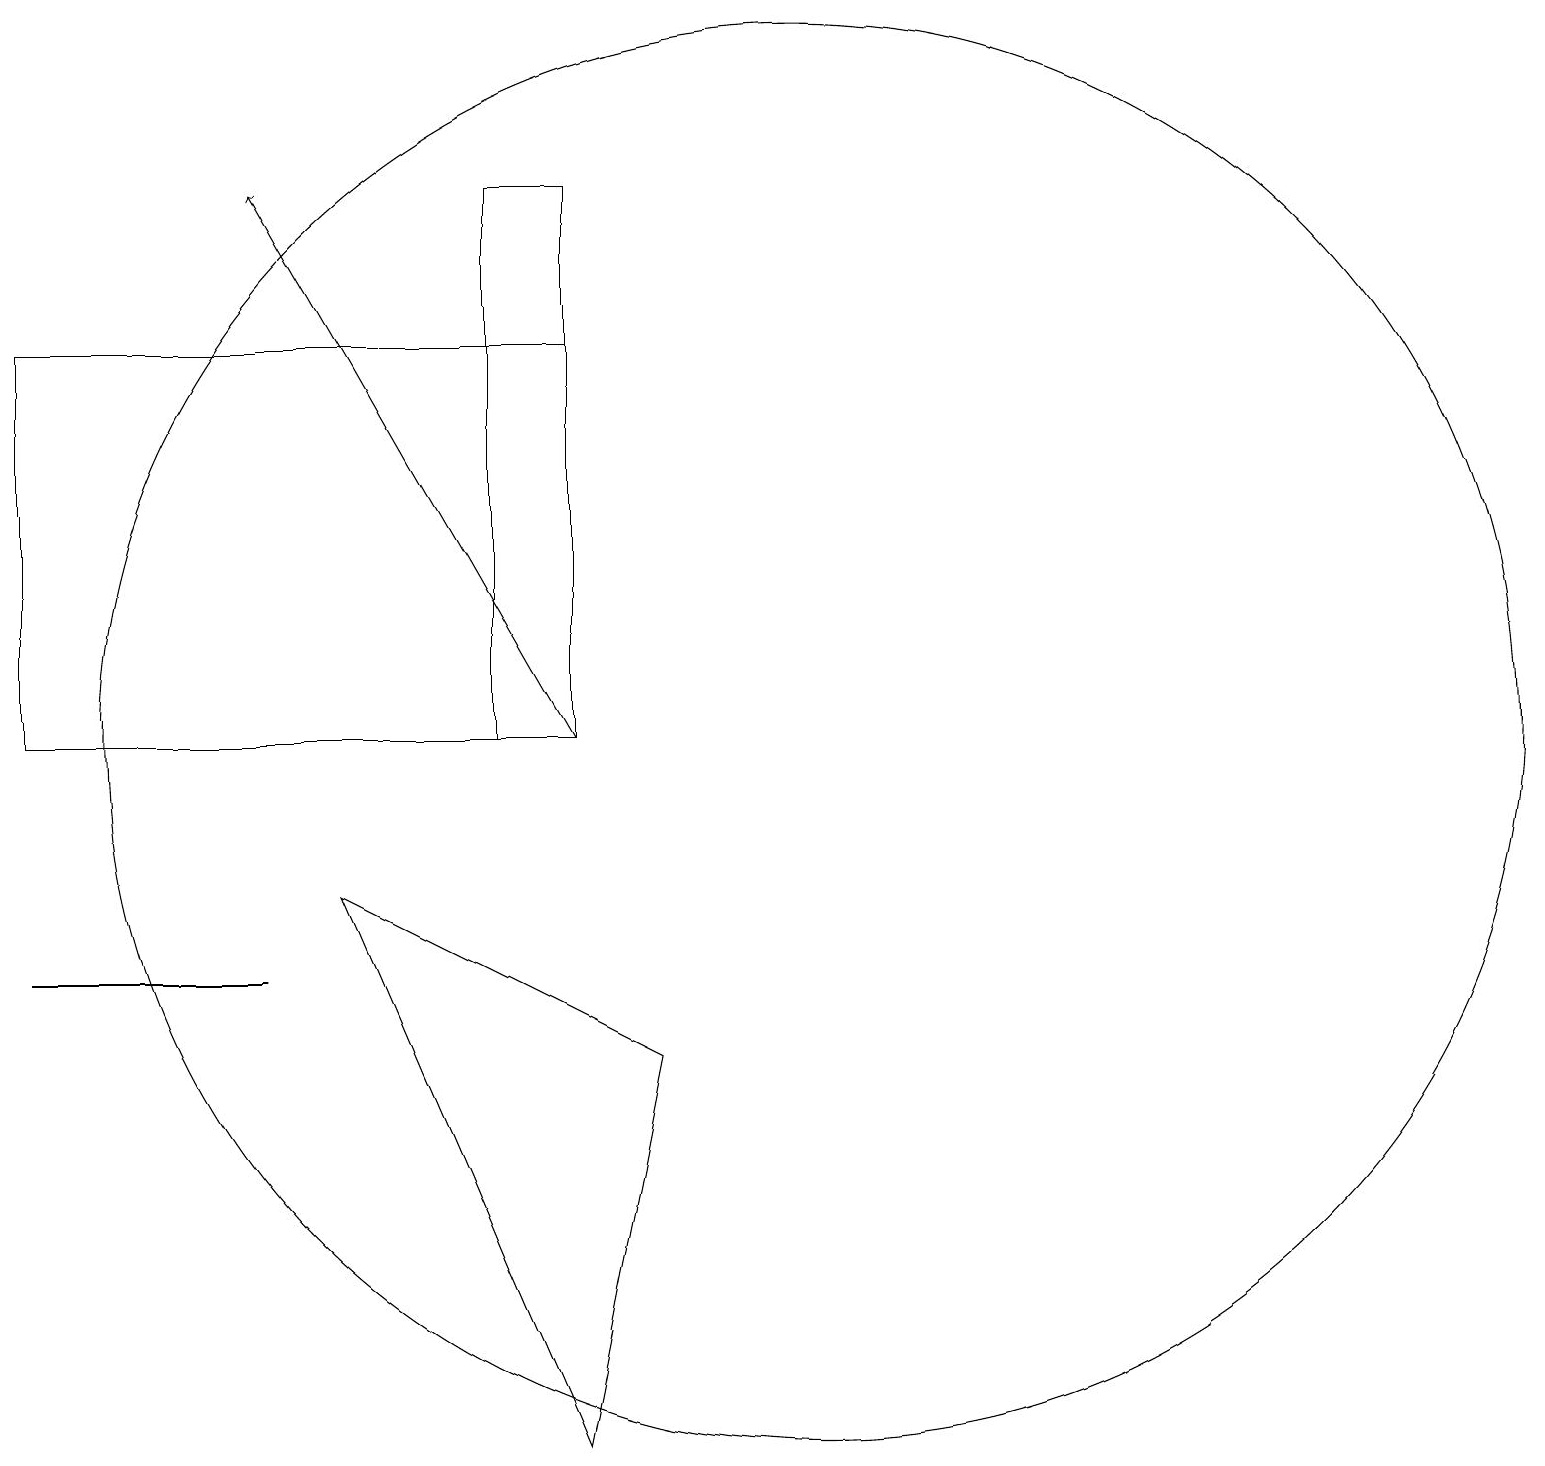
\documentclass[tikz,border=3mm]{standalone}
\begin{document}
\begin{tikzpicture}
\draw (10,10) circle (9);
\draw (7,15) rectangle (0,10);
\draw (7,1) -- (4,8) -- (8,6) -- cycle;
\draw (6,10) rectangle (7,17);
\draw[->] (7,10) -- (3,17);
\draw (3,7) -- (1,7) -- (0,7) -- cycle;
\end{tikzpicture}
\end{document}